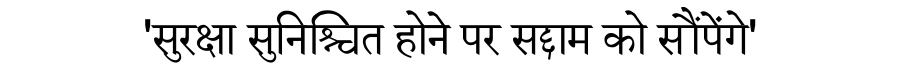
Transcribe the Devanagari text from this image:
'सुरक्षा सुनिश्चित होने पर सद्दाम को सौंपेंगे'